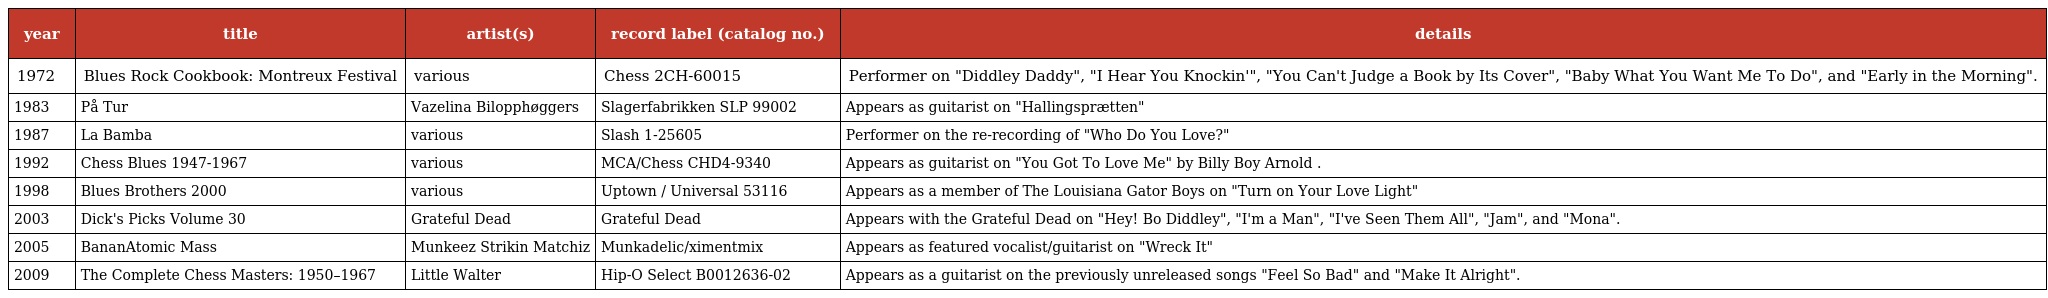
| year | title | artist(s) | record label (catalog no.) | details |
 | --- | --- | --- | --- | --- |
 | 1972 | Blues Rock Cookbook: Montreux Festival | various | Chess 2CH-60015 | Performer on "Diddley Daddy", "I Hear You Knockin'", "You Can't Judge a Book by Its Cover", "Baby What You Want Me To Do", and "Early in the Morning". |
 | 1983 | På Tur | Vazelina Bilopphøggers | Slagerfabrikken SLP 99002 | Appears as guitarist on "Hallingsprætten" |
 | 1987 | La Bamba | various | Slash 1-25605 | Performer on the re-recording of "Who Do You Love?" |
 | 1992 | Chess Blues 1947-1967 | various | MCA/Chess CHD4-9340 | Appears as guitarist on "You Got To Love Me" by Billy Boy Arnold . |
 | 1998 | Blues Brothers 2000 | various | Uptown / Universal 53116 | Appears as a member of The Louisiana Gator Boys on "Turn on Your Love Light" |
 | 2003 | Dick's Picks Volume 30 | Grateful Dead | Grateful Dead | Appears with the Grateful Dead on "Hey! Bo Diddley", "I'm a Man", "I've Seen Them All", "Jam", and "Mona". |
 | 2005 | BananAtomic Mass | Munkeez Strikin Matchiz | Munkadelic/ximentmix | Appears as featured vocalist/guitarist on "Wreck It" |
 | 2009 | The Complete Chess Masters: 1950–1967 | Little Walter | Hip-O Select B0012636-02 | Appears as a guitarist on the previously unreleased songs "Feel So Bad" and "Make It Alright". |